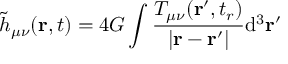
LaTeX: { \tilde { h } } _ { \mu \nu } ( \mathbf { r } , t ) = 4 G \int { \frac { T _ { \mu \nu } ( \mathbf { r } ^ { \prime } , t _ { r } ) } { | \mathbf { r } - \mathbf { r } ^ { \prime } | } } \mathrm { d } ^ { 3 } \mathbf { r } ^ { \prime }